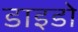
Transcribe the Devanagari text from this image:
डाइडो